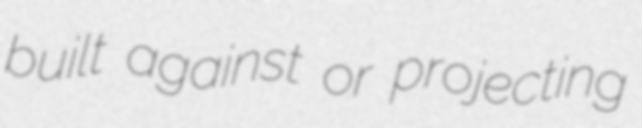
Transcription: built against or projecting